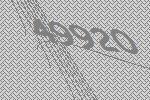
49920